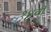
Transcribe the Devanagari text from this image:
१४वीँ